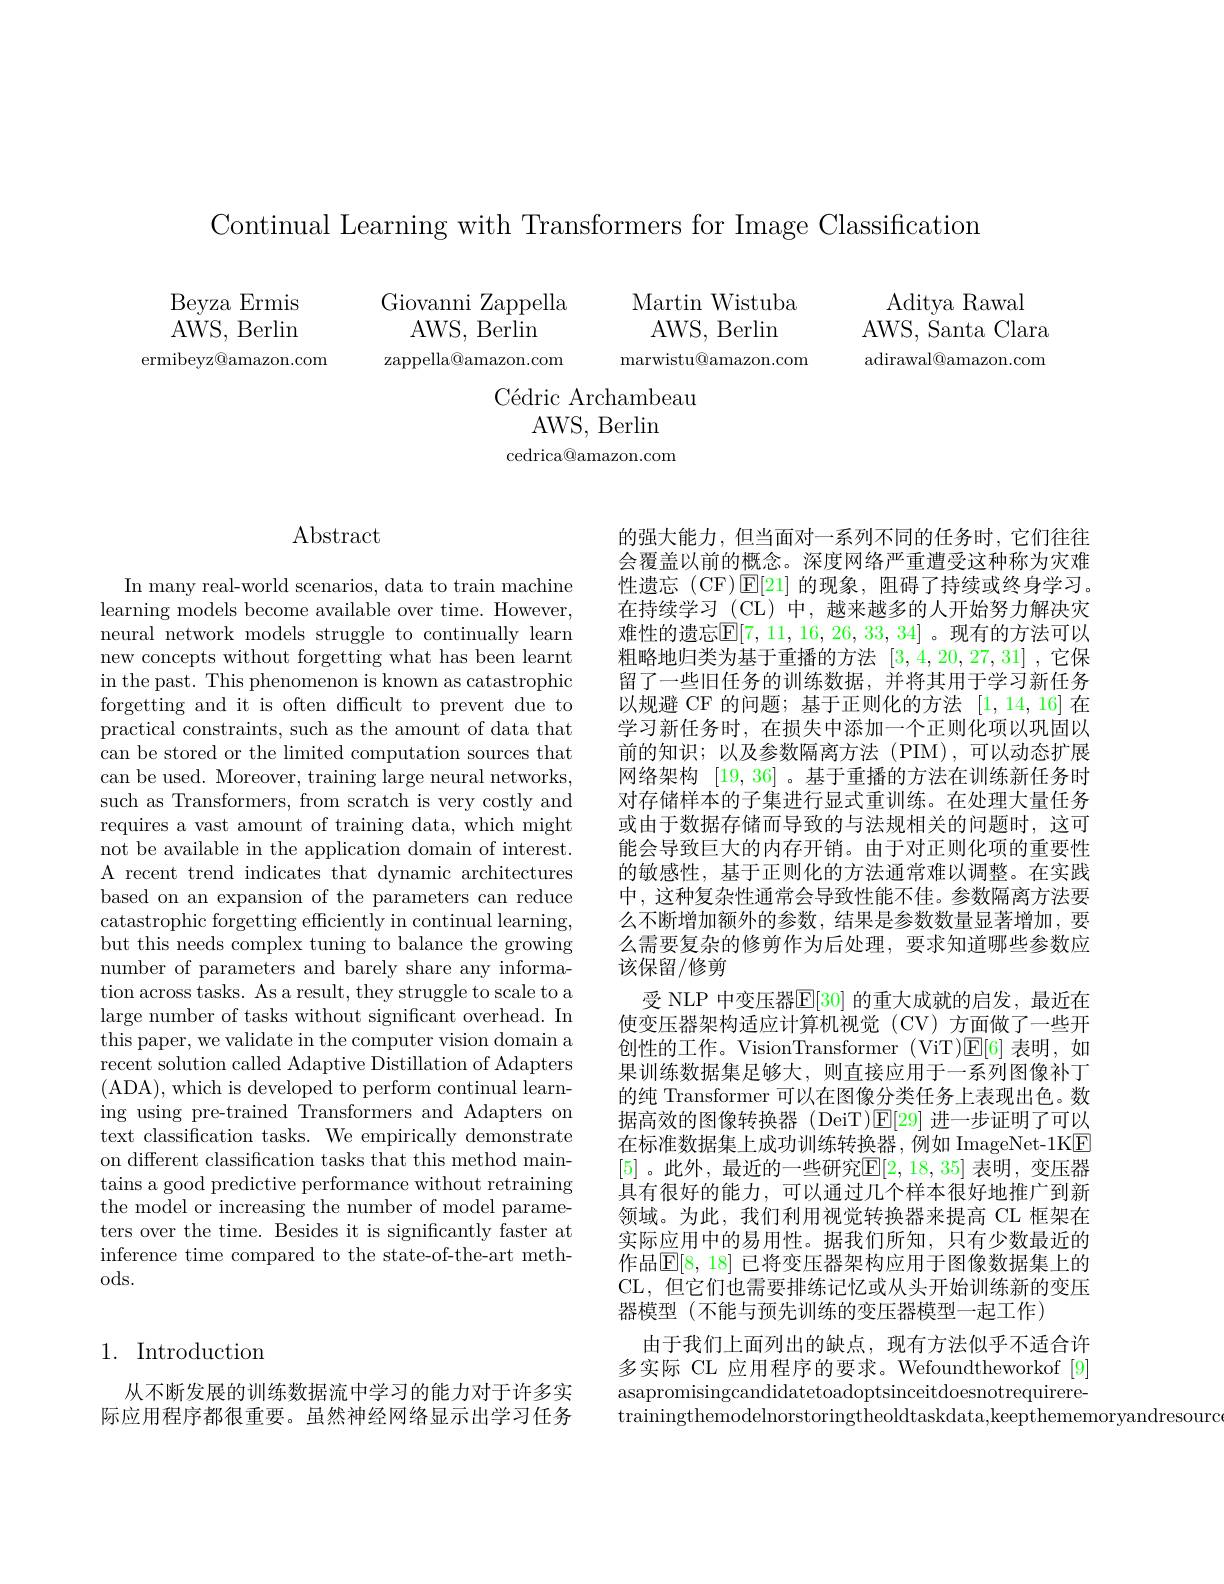
Continual Learning with Transformers for Image Classification

Aditya Rawal
AWS, Santa Clara adirawal@amazon.com

Beyza Ermis AWS, Berlin
ermibeyz@amazon.com

Giovanni Zappella
Martin Wistuba
AWS, Berlin
AWS, Berlin
marwistu@amazon.com
zappella@amazon.com

Cédric Archambeau
AWS, Berlin cedrica@amazon.com

# $\operatorname{Abstract}$

In many real-world scenarios, data to train machine learning models become available over time. However, neural network models struggle to continually learn new concepts without forgetting what has been learnt in the past. This phenomenon is known as catastrophic forgetting and it is often difficult to prevent due to practical constraints, such as the amount of data that can be stored or the limited computation sources that can be used. Moreover, training large neural networks, such as Transformers, from scratch is very costly and requires a vast amount of training data, which might not be available in the application domain of interest. A recent trend indicates that dynamic architectures based on an expansion of the parameters can reduce catastrophic forgetting efficiently in continual learning, but this needs complex tuning to balance the growing number of parameters and barely share any information across tasks. As a result, they struggle to scale to a large number of tasks without significant overhead. In this paper, we validate in the computer vision domain a recent solution called Adaptive Distillation of Adapters (ADA),which is developed to perform continual learning using pre-trained Transformers and Adapters on text classification tasks. We empirically demonstrate on different classification tasks that this method maintains a good predictive performance without retraining the model or increasing the number of model parameters over the time. Besides it is significantly faster at inference time compared to the state-of-the-art methods.

## 1. Introduction

从不断发展的训练数据流中学习的能力对于许多实际应用程序都很重要。虽然神经网络显示出学习任务

的强大能力，但当面对一系列不同的任务时，它们往往会覆盖以前的概念。深度网络严重遭受这种称为灾难性遗忘 (CF)$\operatorname{E}[21]$的现象，阻碍了持续或终身学习。在持续学习 (CL) 中，越来越多的人开始努力解决灾难性的遗忘$\overline{\mathbb{E}}[7,11,16,26,33,34]$。现有的方法可以粗略地归类为基于重播的方法[3,4,20,27,31] ,它保留了一些旧任务的训练数据，并将其用于学习新任务以规避 CF 的问题；基于正则化的方法[1,14,16]在学习新任务时，在损失中添加一个正则化项以巩固以前的知识；以及参数隔离方法(PIM),可以动态扩展网络架构 [19,36]。基于重播的方法在训练新任务时对存储样本的子集进行显式重训练。在处理大量任务或由于数据存储而导致的与法规相关的问题时，这可能会导致巨大的内存开销。由于对正则化项的重要性的敏感性，基于正则化的方法通常难以调整。在实践中，这种复杂性通常会导致性能不佳。参数隔离方法要么不断增加额外的参数，结果是参数数量显著增加，要么需要复杂的修剪作为后处理，要求知道哪些参数应该保留/修剪
受 NLP 中变压器$\mathbb{E}[30]$ 的重大成就的启发，最近在使变压器架构适应计算机视觉(CV)方面做了一些开创性的工作。VisionTransformer (ViT)$\mathbb{E}[6]$表明，如果训练数据集足够大，则直接应用于一系列图像补丁的纯 Transformer 可以在图像分类任务上表现出色。数据高效的图像转换器 (DeiT)E[29] 进一步证明了可以在标准数据集上成功训练转换器，例如 ImageNet-1KE [5]。此外，最近的一些研究$\mathbb{E}[2,18,35]$ 表明，变压器具有很好的能力，可以通过几个样本很好地推广到新领域。为此，我们利用视觉转换器来提高 CL 框架在实际应用中的易用性。据我们所知，只有少数最近的作品$\overline{\mathbb{E}}[8,18]$ 已将变压器架构应用于图像数据集上的CL, 但它们也需要排练记忆或从头开始训练新的变压器模型(不能与预先训练的变压器模型一起工作)
由于我们上面列出的缺点，现有方法似乎不适合许多实际 CL 应用程序的要求。Wefoundtheworkof [9] asapromisingcandidatetoadoptsinceitdoesnotrequireretrainingthemodelnorstoringtheoldtaskdata,keepthememoryandresourc